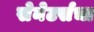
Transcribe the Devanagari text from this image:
सेनेटर्सचा